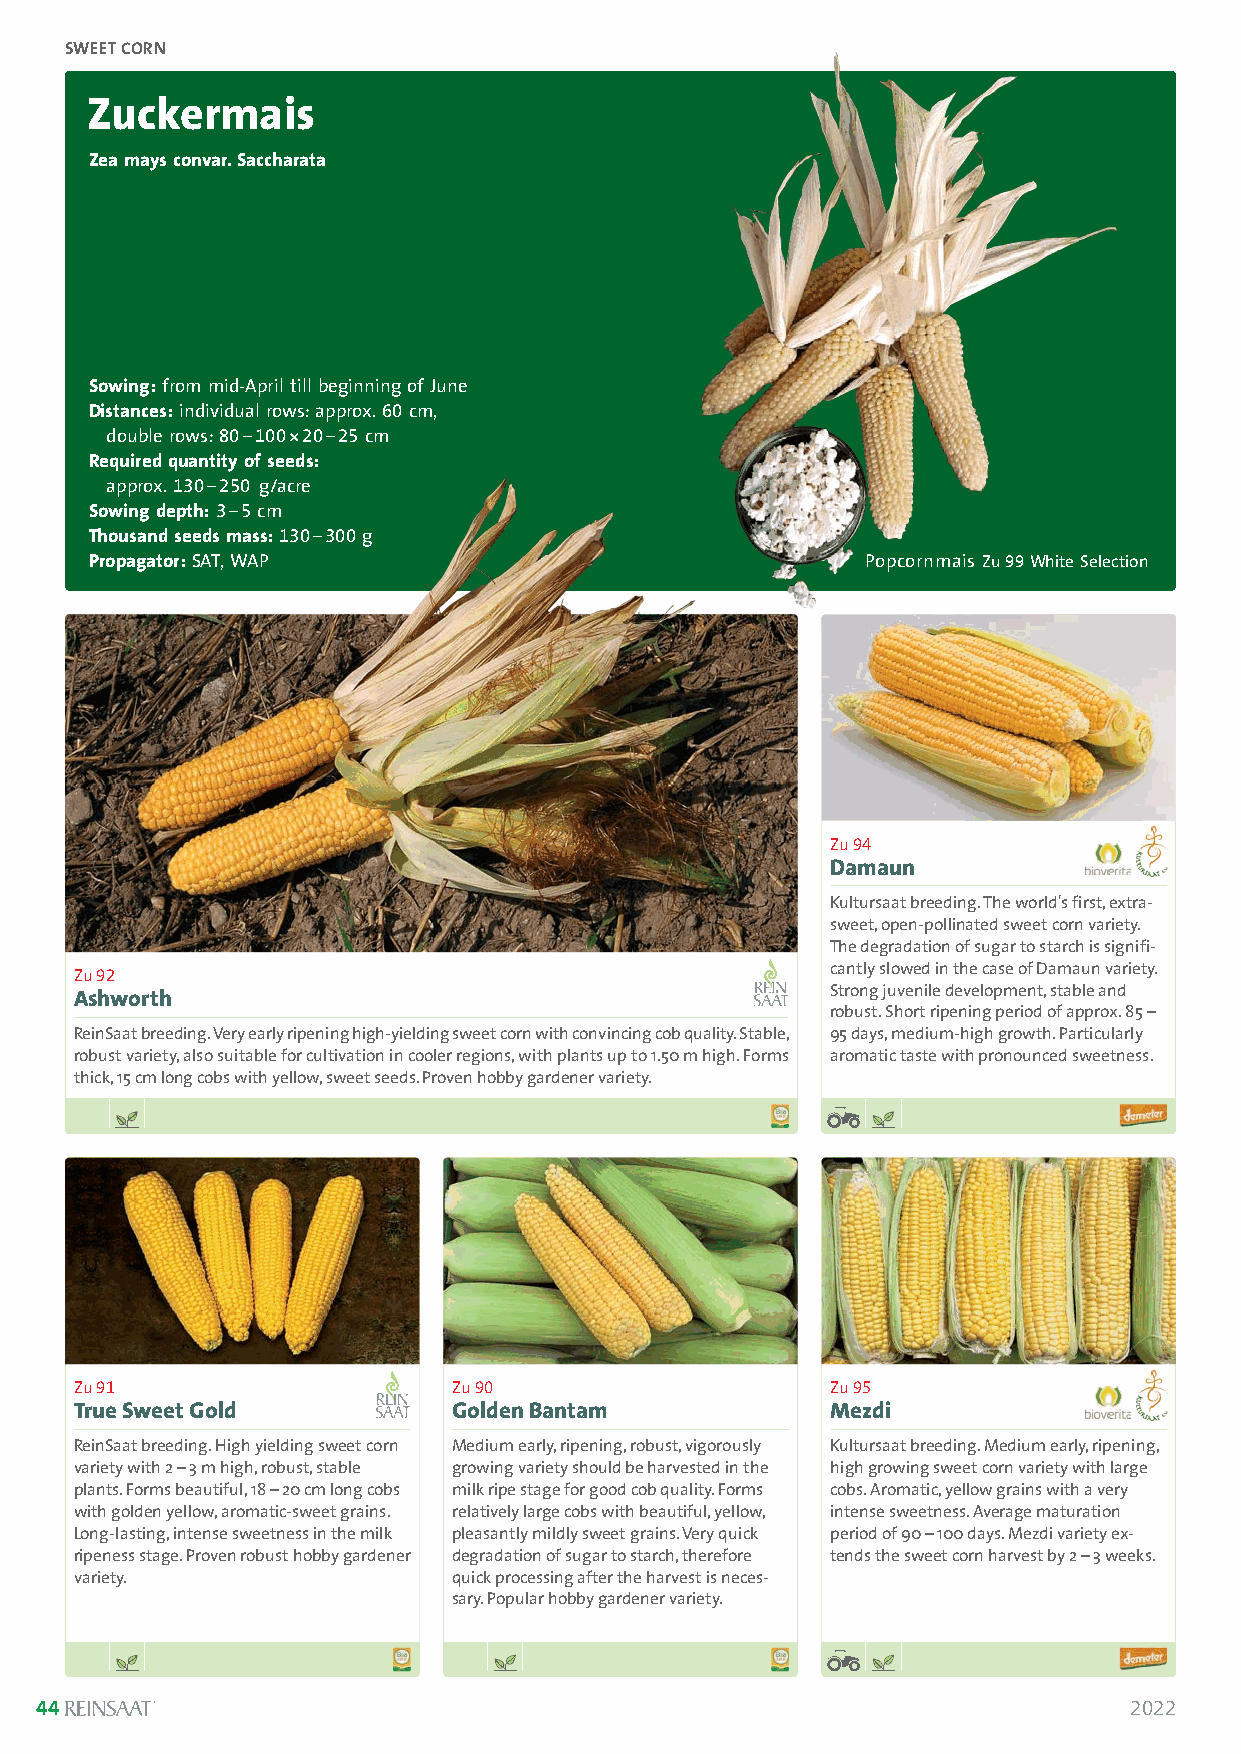
SWEET CORN
 Zuckermais
 Zea mays convar. Saccharata
 Sowing:from mid-April till beginning of June
 Distances:individual rows: approx. 60cm,
 double rows: 80–100*20–25 cm
 Required quantity of seeds:
 approx. 130–250 g/acre
 Sowing depth:3–5cm
 Thousand seeds mass:130–300 g
 Propagator: SAT, WAP                               Popcornmais Zu99 White Selection
 Zu 94
 Damaun
 Kultursaat breeding. The world's first, extra-
 sweet, open-pollinated sweet corn variety.
 The degradation of sugar to starch is signifi-
 Zu 92                                             cantly slowed in the case of Damaun variety.
 Ashworth                                          Strong juvenile development, stable and
 robust. Short ripening period of approx. 85 –
 ReinSaat breeding. Very early ripening high-yielding sweet corn with convincing cob quality. Stable, 95 days, medium-high growth. Particularly
 robust variety, also suitable for cultivation in cooler regions, with plants up to 1.50 m high. Forms aromatic taste with pronounced sweetness.
 thick, 15 cm long cobs with yellow, sweet seeds. Proven hobby gardener variety.
 Zu 91                    Zu 90                    Zu 95
 True Sweet Gold          Golden Bantam            Mezdi
 ReinSaat breeding. High yielding sweet corn Medium early, ripening, robust, vigorously Kultursaat breeding. Medium early, ripening,
 variety with 2 –3 m high, robust, stable growing variety should be harvested in the high growing sweet corn variety with large
 plants. Forms beautiful, 18 –20 cm long cobs milk ripe stage for good cob quality. Forms cobs. Aromatic, yellow grains with a very
 with golden yellow, aromatic-sweet grains. relatively large cobs with beautiful, yellow, intense sweetness. Average maturation
 Long-lasting, intense sweetness in the milk pleasantly mildly sweet grains. Very quick period of 90 –100 days. Mezdi variety ex-
 ripeness stage. Proven robust hobby gardener degradation of sugar to starch, therefore tends the sweet corn harvest by 2 –3 weeks.
 variety.                 quick processing after the harvest is neces-
 sary. Popular hobby gardener variety.
 44                                                                       2022